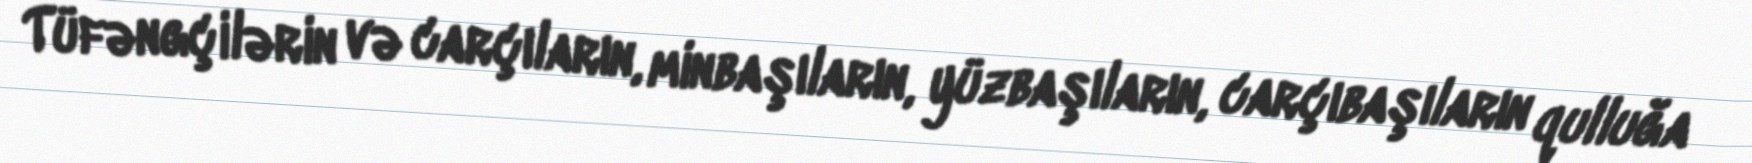
Tüfəngçilərin və carçıların, minbaşıların, yüzbaşıların, carçıbaşıların qulluğa